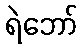
ရဲဘော်